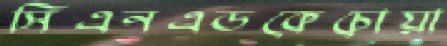
সিএনএডকেচোয়া